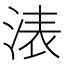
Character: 𣷴